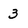
Character: 3